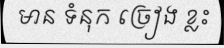
មាន ទំនុក ច្រៀង ខ្លះ